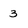
Character: 3